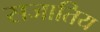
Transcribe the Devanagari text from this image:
सजातिय